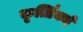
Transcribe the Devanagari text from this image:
कृर्त्तिकई